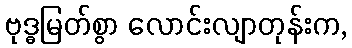
ဗုဒ္ဓမြတ်စွာ လောင်းလျာတုန်းက,